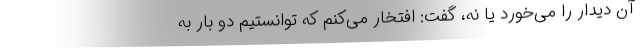
آن دیدار را می‌خورد یا نه، گفت: افتخار می‌کنم که توانستیم دو بار به